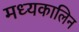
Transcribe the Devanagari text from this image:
मध्यकालिन